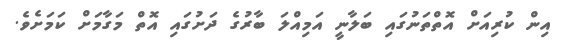
އިން ކުރިއަށް އޮތްތަނުގައި ބަލާނީ އަމިއްލަ ބާރުގެ ދަށުގައި އޮތް މަގާމަށް ކަމަށެވެ.